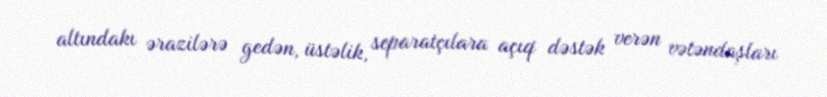
altındakı ərazilərə gedən, üstəlik, separatçılara açıq dəstək verən vətəndaşları